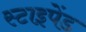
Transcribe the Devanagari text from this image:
स्टाइपेंड